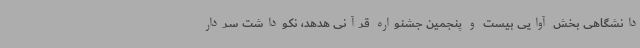
دانشگاهی بخش آوایی بیست و پنجمین جشنواره قرآنی هدهد، نکوداشت سردار